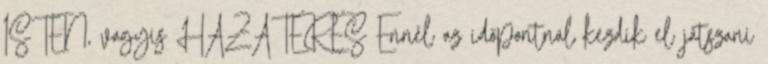
ISTEN, vagyis HAZATÉRÉS Ennél az időpontnál kezdik el játszani